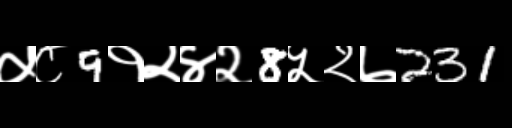
Text: ५८9१२४२8५२७231